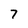
Character: 7